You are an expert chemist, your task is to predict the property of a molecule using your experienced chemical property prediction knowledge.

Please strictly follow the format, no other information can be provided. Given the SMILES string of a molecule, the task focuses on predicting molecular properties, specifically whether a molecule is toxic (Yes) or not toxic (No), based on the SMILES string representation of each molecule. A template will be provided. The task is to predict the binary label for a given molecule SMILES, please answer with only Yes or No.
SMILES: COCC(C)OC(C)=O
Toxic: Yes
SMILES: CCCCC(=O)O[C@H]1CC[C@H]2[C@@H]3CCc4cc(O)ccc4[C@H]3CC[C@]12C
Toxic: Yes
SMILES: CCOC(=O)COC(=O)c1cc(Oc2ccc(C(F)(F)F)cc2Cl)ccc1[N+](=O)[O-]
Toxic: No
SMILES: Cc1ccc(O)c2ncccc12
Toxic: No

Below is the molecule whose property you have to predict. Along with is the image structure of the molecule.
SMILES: C[C@]12CC[C@H]3[C@@H](CC[C@@]45O[C@@H]4C(O)=C(C#N)C[C@]35C)[C@@H]1CC[C@@H]2O
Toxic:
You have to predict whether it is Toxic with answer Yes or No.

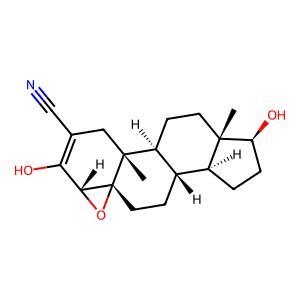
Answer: Yes